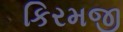
કિરમજી